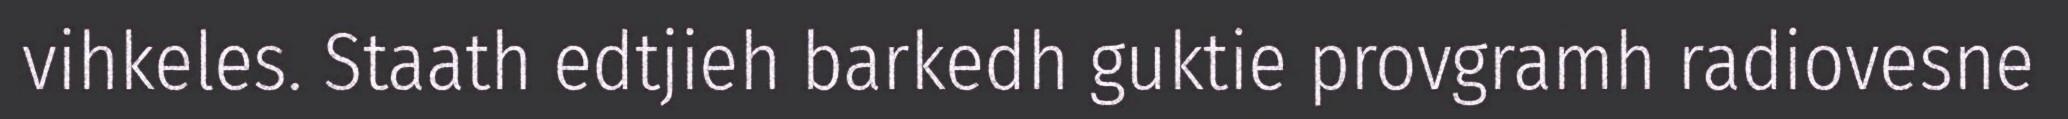
vihkeles. Staath edtjieh barkedh guktie provgramh radiovesne